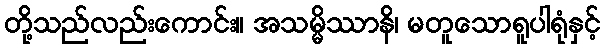
တို့သည်လည်းကောင်း။ အသမ္မိဿာနိ၊ မတူသောရူပါရုံနှင့်